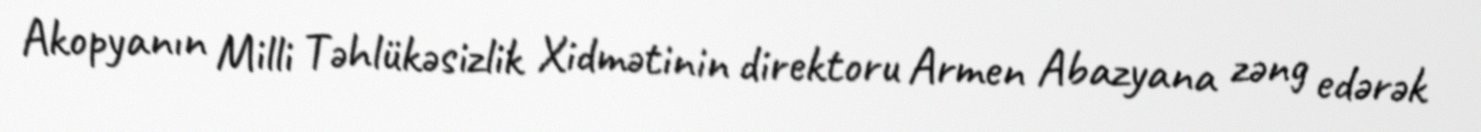
Akopyanın Milli Təhlükəsizlik Xidmətinin direktoru Armen Abazyana zəng edərək